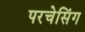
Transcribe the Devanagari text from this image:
परचेसिंग